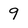
Character: 9